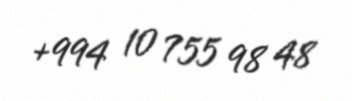
+994 10 755 98 48